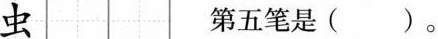
虫 第五笔是()。